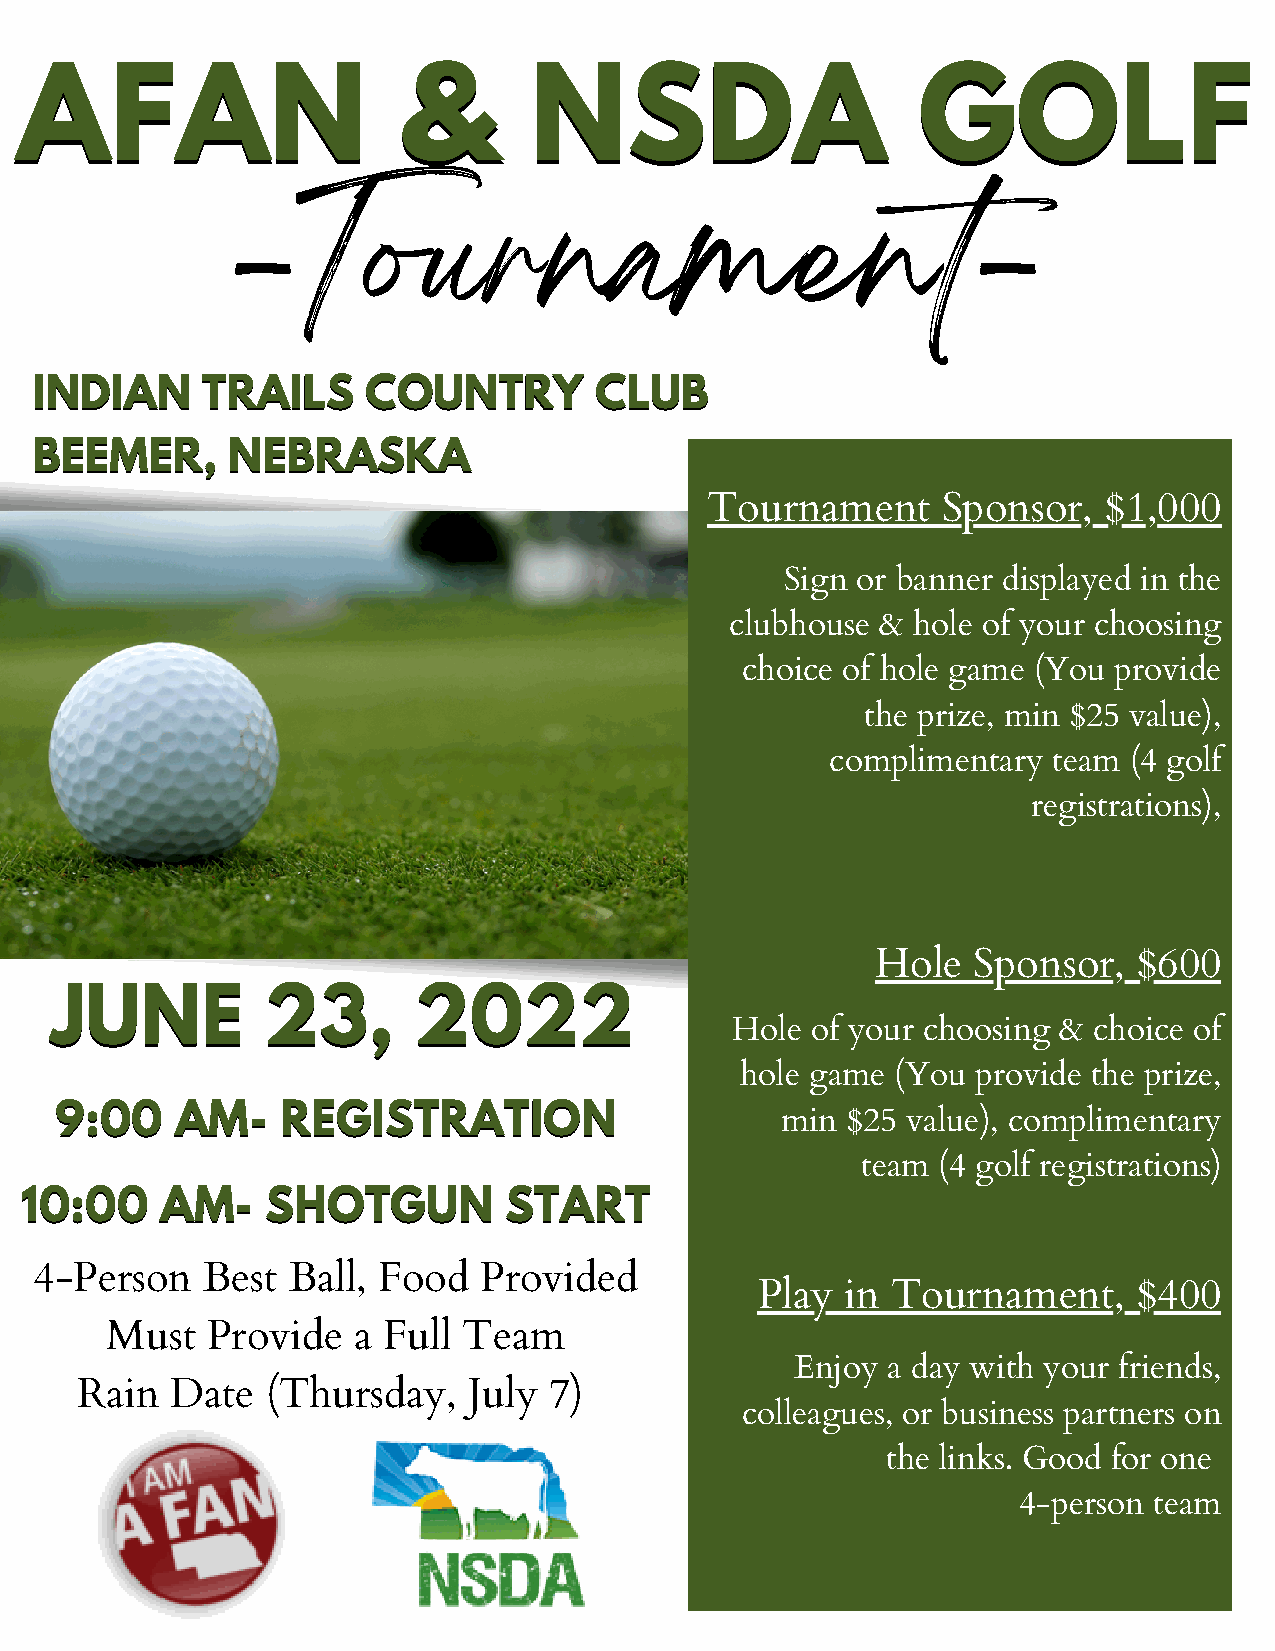
AAFFAANN                 &&       NNSSDDAA                  GGOOLLFF
 -Tournament-
 IINNDDIIAANN TTRRAAIILLSS CCOOUUNNTTRRYY CCLLUUBB
 BBEEEEMMEERR,, NNEEBBRRAASSKKAA
 Tournament     Sponsor,   $1,000
 Sign or banner displayed in the
 clubhouse & hole of your choosing
 choice of hole game (You provide
 the prize, min $25 value),
 complimentary  team (4 golf
 registrations),
 Hole  Sponsor,   $600
 JJUUNNEE      2233,,    22002222
 Hole  of your choosing & choice of
 hole game (You  provide the prize,
 99::0000 AAMM-- RREEGGIISSTTRRAATTIIOONN        min $25 value), complimentary
 team (4 golf registrations)
 1100::0000 AAMM-- SSHHOOTTGGUUNN SSTTAARRTT
 4-Person   Best  Ball, Food   Provided
 Play  in Tournament,     $400
 Must   Provide  a Full  Team
 Enjoy a day with your friends,
 Rain  Date   (Thursday,   July 7)
 colleagues, or business partners on
 the links. Good for one
 4-person team